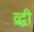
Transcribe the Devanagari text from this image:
व्रद्धी